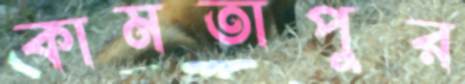
কামতাপুর